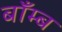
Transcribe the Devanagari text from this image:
बाँम्ब